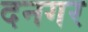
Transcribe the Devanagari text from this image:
दनगर